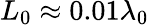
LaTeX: L_{0}\approx 0.01\lambda_{0}